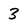
Character: 3